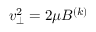
v _ { \perp } ^ { 2 } = 2 \mu B ^ { ( k ) }